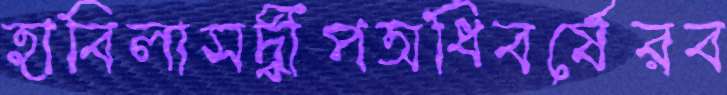
হাবিলাসদ্বীপঅধিবর্ষেরব